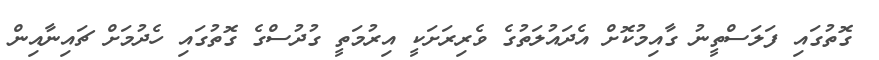
ގޮތުގައި ފަލަސްތީނު ގާއިމުކޮށް އެދައުލަތުގެ ވެރިރަށަކީ އިރުމަތީ ގުދުސްގެ ގޮތުގައި ހެދުމަށް ޗައިނާއިން